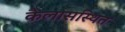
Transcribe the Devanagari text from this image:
कैलासस्थित